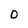
Character: O